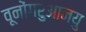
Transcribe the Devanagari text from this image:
वूनोंगरुआनयु